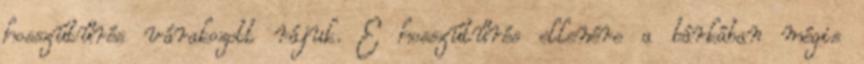
hosszútűrés várakozott rájuk. E hosszútűrés ellenére a bárkában mégis